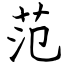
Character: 范